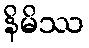
နိမိဿ